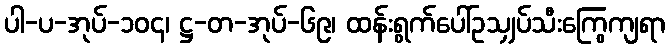
ပါ-ပ-အုပ်-၁၀၄၊ ဋ္ဌ-တ-အုပ်-၆၉၊ ထန်းရွက်ပေါ်ဥသျှပ်သီးကြွေကျရာ